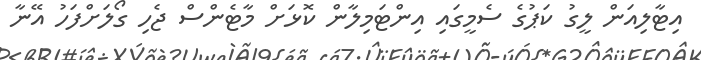
އިޓާލިއަން ލީގު ކަޕުގެ ސެމީގައި އިންޓަމިލާން ކޮޅަށް މާޓެންސް ޖެހި ގޯލަށްފަހު އޭނާ